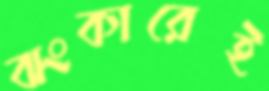
ঝংকারেই